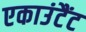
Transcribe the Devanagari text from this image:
एकाउंटैंट